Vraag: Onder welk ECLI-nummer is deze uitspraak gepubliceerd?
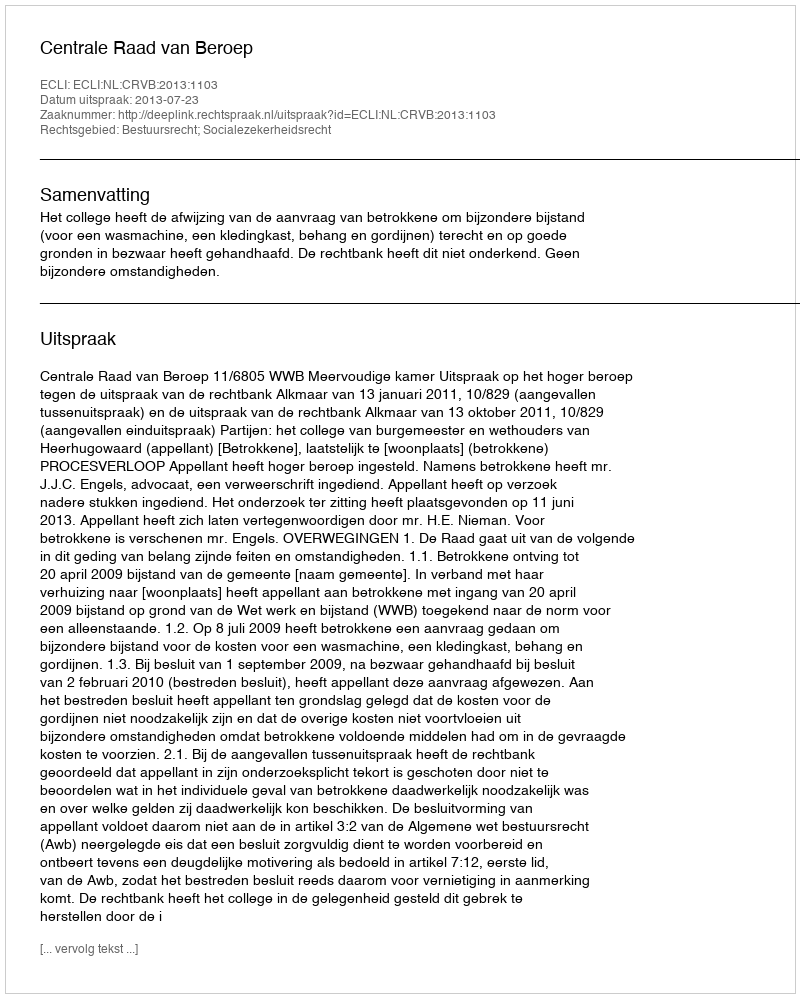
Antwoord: ECLI:NL:CRVB:2013:1103